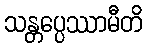
သန္တပ္ပေဿာမီတိ